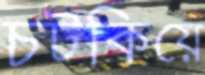
চটকিয়ে